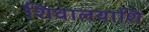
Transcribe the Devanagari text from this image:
शिवालयाशि